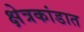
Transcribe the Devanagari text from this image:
क्षेत्रकांडात